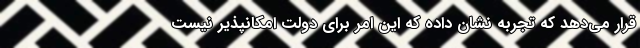
قرار می‌دهد که تجربه نشان داده که این امر برای دولت امکانپذیر نیست